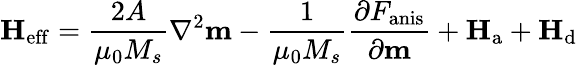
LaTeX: \mathbf{H}_{\mathrm{eff}}={\frac{2A}{\mu_{0}M_{s}}}\nabla^{2}\mathbf{m}-{\frac{1}{\mu_{0}M_{s}}}{\frac{\partial F_{\mathrm{anis}}}{\partial\mathbf{m}}}+\mathbf{H}_{\mathrm{a}}+\mathbf{H}_{\mathrm{d}}